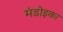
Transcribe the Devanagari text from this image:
मंडोइका